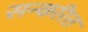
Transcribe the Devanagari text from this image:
सन्करित